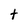
Character: t